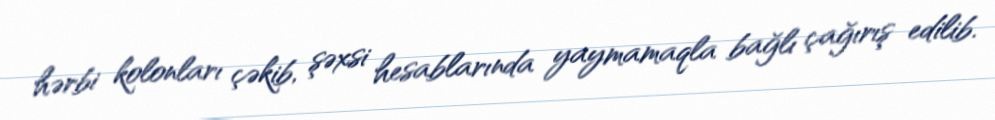
hərbi kolonları çəkib, şəxsi hesablarında yaymamaqla bağlı çağırış edilib.